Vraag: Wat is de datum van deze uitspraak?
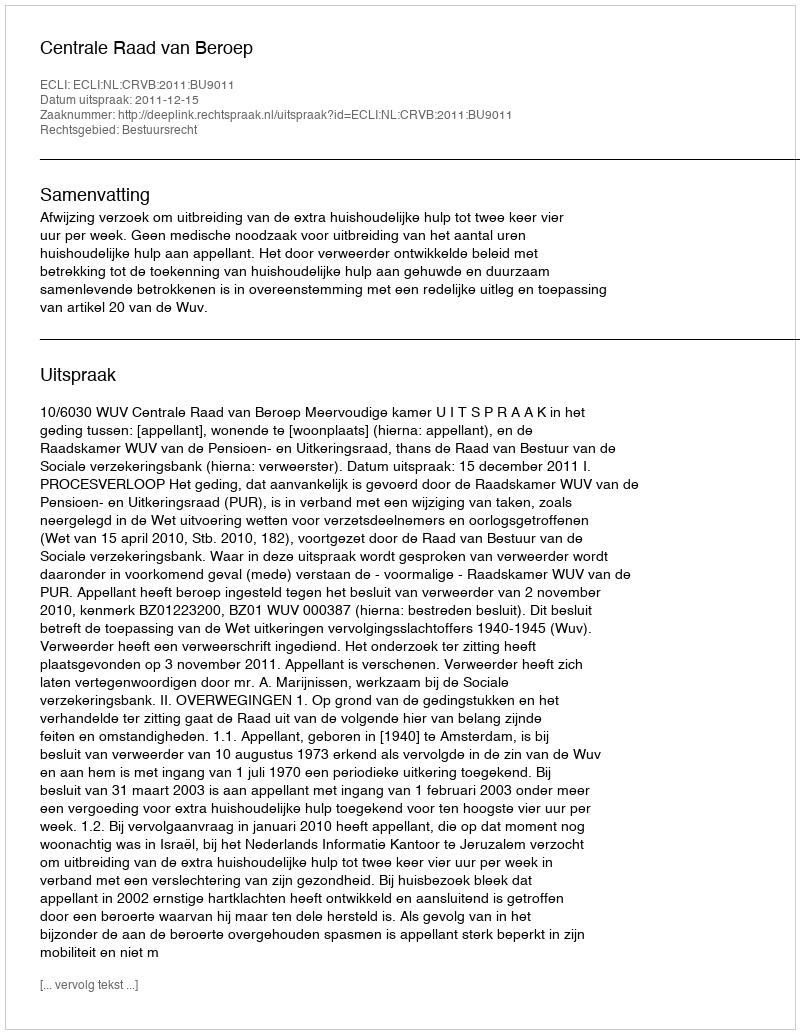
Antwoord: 2011-12-15